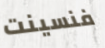
فنسينت